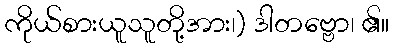
ကိုယ်စားယူသူတို့အား၊) ဒါတဗ္ဗော၊ ၏။